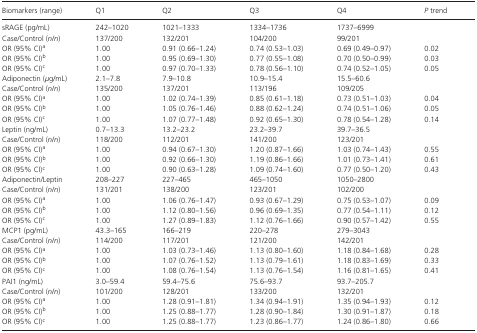
<table><thead><tr><td><b>Biomarkers (range)</b></td><td><b>Q1</b></td><td><b>Q2</b></td><td><b>Q3</b></td><td><b>Q4</b></td><td><b><i>P</i> trend</b></td></tr></thead><tbody><tr><td>sRAGE (pg/mL)</td><td>242–1020</td><td>1021–1333</td><td>1334–1736</td><td>1737–6999</td><td></td></tr><tr><td>Case/Control (<i>n</i>/<i>n</i>)</td><td>137/200</td><td>132/201</td><td>104/200</td><td>99/201</td><td></td></tr><tr><td>OR (95% CI)a</td><td>1.00</td><td>0.91 (0.66–1.24)</td><td>0.74 (0.53–1.03)</td><td>0.69 (0.49–0.97)</td><td>0.02</td></tr><tr><td>OR (95% CI)b</td><td>1.00</td><td>0.95 (0.69–1.30)</td><td>0.77 (0.55–1.08)</td><td>0.70 (0.50–0.99)</td><td>0.03</td></tr><tr><td>OR (95% CI)c</td><td>1.00</td><td>0.97 (0.70–1.33)</td><td>0.78 (0.56–1.10)</td><td>0.74 (0.52–1.05)</td><td>0.05</td></tr><tr><td>Adiponectin (<i>μ</i>g/mL)</td><td>2.1–7.8</td><td>7.9–10.8</td><td>10.9–15.4</td><td>15.5–60.6</td><td></td></tr><tr><td>Case/Control (<i>n</i>/<i>n</i>)</td><td>135/200</td><td>137/201</td><td>113/196</td><td>109/205</td><td></td></tr><tr><td>OR (95% CI)a</td><td>1.00</td><td>1.02 (0.74–1.39)</td><td>0.85 (0.61–1.18)</td><td>0.73 (0.51–1.03)</td><td>0.04</td></tr><tr><td>OR (95% CI)b</td><td>1.00</td><td>1.05 (0.76–1.46)</td><td>0.88 (0.62–1.24)</td><td>0.74 (0.51–1.06)</td><td>0.05</td></tr><tr><td>OR (95% CI)c</td><td>1.00</td><td>1.07 (0.77–1.48)</td><td>0.92 (0.65–1.30)</td><td>0.78 (0.54–1.28)</td><td>0.14</td></tr><tr><td>Leptin (ng/mL)</td><td>0.7–13.3</td><td>13.2–23.2</td><td>23.2–39.7</td><td>39.7–36.5</td><td></td></tr><tr><td>Case/Control (<i>n</i>/<i>n</i>)</td><td>118/200</td><td>112/201</td><td>141/200</td><td>123/201</td><td></td></tr><tr><td>OR (95% CI)a</td><td>1.00</td><td>0.94 (0.67–1.30)</td><td>1.20 (0.87–1.66)</td><td>1.03 (0.74–1.43)</td><td>0.55</td></tr><tr><td>OR (95% CI)b</td><td>1.00</td><td>0.92 (0.66–1.30)</td><td>1.19 (0.86–1.66)</td><td>1.01 (0.73–1.41)</td><td>0.61</td></tr><tr><td>OR (95% CI)c</td><td>1.00</td><td>0.90 (0.63–1.28)</td><td>1.09 (0.74–1.60)</td><td>0.77 (0.50–1.20)</td><td>0.43</td></tr><tr><td>Adiponectin/Leptin</td><td>208–227</td><td>227–465</td><td>465–1050</td><td>1050–2800</td><td></td></tr><tr><td>Case/Control (<i>n</i>/<i>n</i>)</td><td>131/201</td><td>138/200</td><td>123/201</td><td>102/200</td><td></td></tr><tr><td>OR (95% CI)a</td><td>1.00</td><td>1.06 (0.76–1.47)</td><td>0.93 (0.67–1.29)</td><td>0.75 (0.53–1.07)</td><td>0.09</td></tr><tr><td>OR (95% CI)b</td><td>1.00</td><td>1.12 (0.80–1.56)</td><td>0.96 (0.69–1.35)</td><td>0.77 (0.54–1.11)</td><td>0.12</td></tr><tr><td>OR (95% CI)c</td><td>1.00</td><td>1.27 (0.89–1.83)</td><td>1.12 (0.76–1.66)</td><td>0.90 (0.57–1.42)</td><td>0.55</td></tr><tr><td>MCP1 (pg/mL)</td><td>43.3–165</td><td>166–219</td><td>220–278</td><td>279–3043</td><td></td></tr><tr><td>Case/Control (<i>n</i>/<i>n</i>)</td><td>114/200</td><td>117/201</td><td>121/200</td><td>142/201</td><td></td></tr><tr><td>OR (95% CI)a</td><td>1.00</td><td>1.03 (0.73–1.46)</td><td>1.13 (0.80–1.60)</td><td>1.18 (0.84–1.68)</td><td>0.28</td></tr><tr><td>OR (95% CI)b</td><td>1.00</td><td>1.07 (0.76–1.52)</td><td>1.13 (0.79–1.61)</td><td>1.18 (0.83–1.69)</td><td>0.33</td></tr><tr><td>OR (95% CI)c</td><td>1.00</td><td>1.08 (0.76–1.54)</td><td>1.13 (0.76–1.54)</td><td>1.16 (0.81–1.65)</td><td>0.41</td></tr><tr><td>PAI1 (ng/mL)</td><td>3.0–59.4</td><td>59.4–75.6</td><td>75.6–93.7</td><td>93.7–205.7</td><td></td></tr><tr><td>Case/Control (<i>n</i>/<i>n</i>)</td><td>101/200</td><td>128/201</td><td>133/200</td><td>132/201</td><td></td></tr><tr><td>OR (95% CI)a</td><td>1.00</td><td>1.28 (0.91–1.81)</td><td>1.34 (0.94–1.91)</td><td>1.35 (0.94–1.93)</td><td>0.12</td></tr><tr><td>OR (95% CI)b</td><td>1.00</td><td>1.25 (0.88–1.77)</td><td>1.28 (0.90–1.84)</td><td>1.30 (0.91–1.87)</td><td>0.18</td></tr><tr><td>OR (95% CI)c</td><td>1.00</td><td>1.25 (0.88–1.77)</td><td>1.23 (0.86–1.77)</td><td>1.24 (0.86–1.80)</td><td>0.66</td></tr></tbody></table>